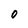
Character: 0